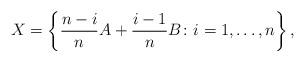
LaTeX: \begin{align*}X=\left\{ \frac{n-i}{n}A+\frac{i-1}{n}B\colon i=1,\ldots,n\right\} ,\end{align*}